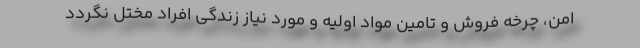
امن، چرخه‌ فروش و تامین مواد اولیه و مورد نیاز زندگی افراد مختل نگردد